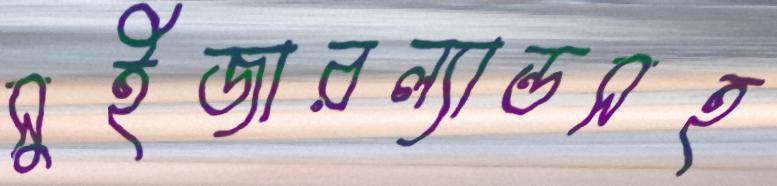
সুইজারল্যান্ডসহ